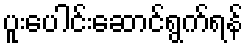
ပူးပေါင်းဆောင်ရွက်ရန်